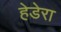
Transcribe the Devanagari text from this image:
हेडेरा